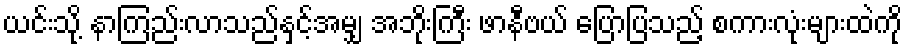
ယင်းသို့ နာကြည်းလာသည်နှင့်အမျှ အဘိုးကြီး ဖာနီဗယ် ပြောပြသည့် စကားလုံးများထဲကို